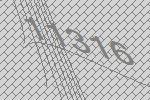
11316